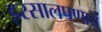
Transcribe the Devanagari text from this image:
इरसालपणाचे